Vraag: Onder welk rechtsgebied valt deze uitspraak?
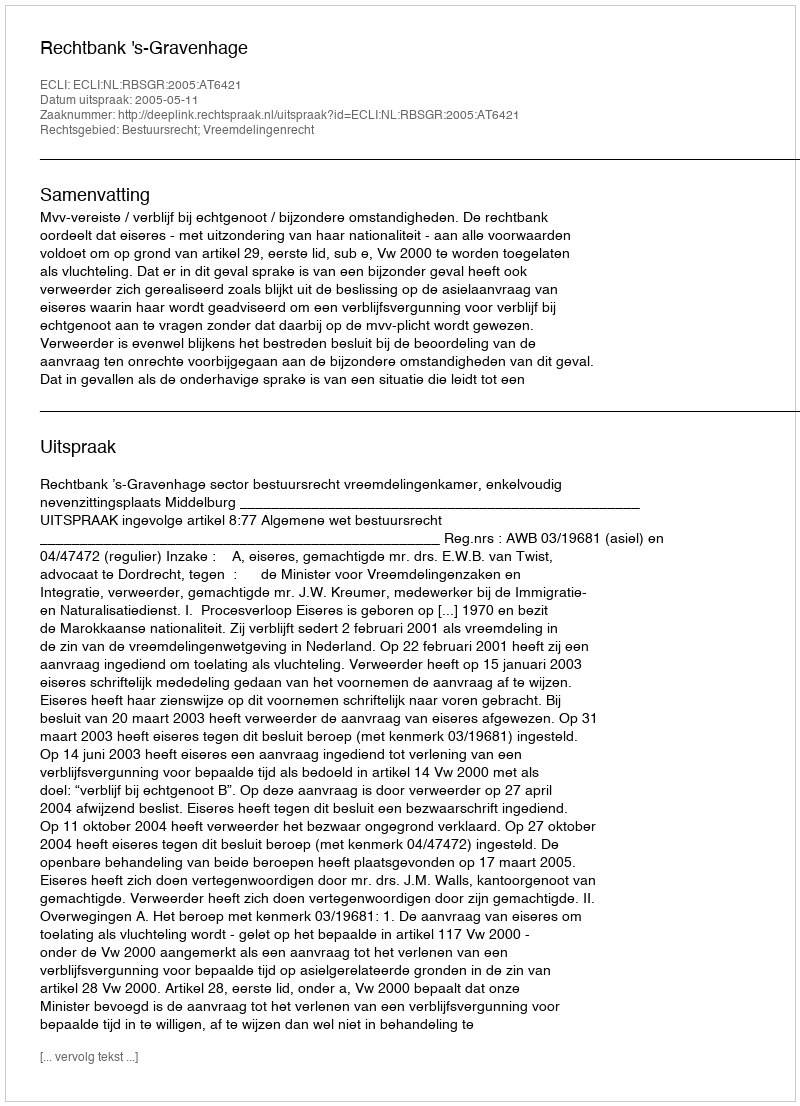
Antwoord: Bestuursrecht; Vreemdelingenrecht